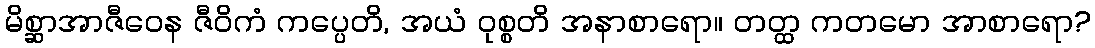
မိစ္ဆာအာဇီဝေန ဇီဝိကံ ကပ္ပေတိ, အယံ ဝုစ္စတိ အနာစာရော။ တတ္ထ ကတမော အာစာရော?